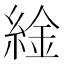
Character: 䋮